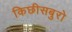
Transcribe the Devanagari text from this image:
किछीसबुरो